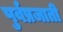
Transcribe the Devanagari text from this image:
पुर्वप्रजाती